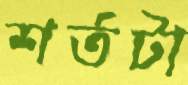
শর্তটা